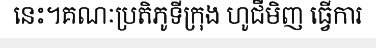
នេះ។គណៈប្រតិភូទីក្រុង ហូជីមិញ ធ្វើការ